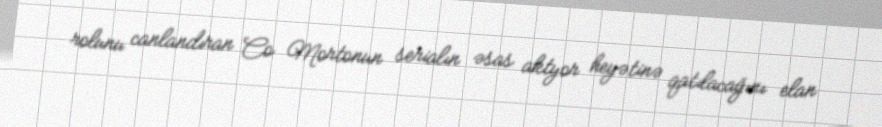
rolunu canlandıran Co Mortonun serialın əsas aktyor heyətinə qatılacağını elan